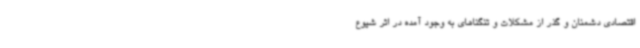
اقتصادی دشمنان و گذر از مشکلات و تنگناهای به وجود آمده در اثر شیوع